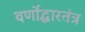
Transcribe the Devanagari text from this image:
वर्णोद्धारतंत्र